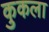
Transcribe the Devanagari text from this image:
कुकला